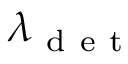
\lambda _ { \mathrm { ~ d ~ e ~ t ~ } }